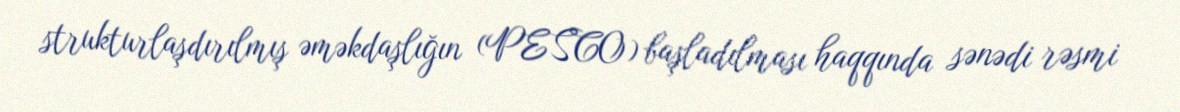
strukturlaşdırılmış əməkdaşlığın (PESCO) başladılması haqqında sənədi rəsmi